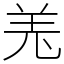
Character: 𦍑